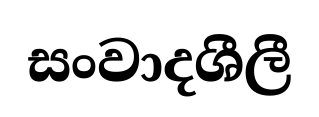
සංවාදශීලී